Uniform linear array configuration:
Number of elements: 16
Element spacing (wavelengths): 0.75
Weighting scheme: exponential
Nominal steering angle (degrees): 45
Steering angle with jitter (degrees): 45.651
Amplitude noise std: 0.05
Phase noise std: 0.05

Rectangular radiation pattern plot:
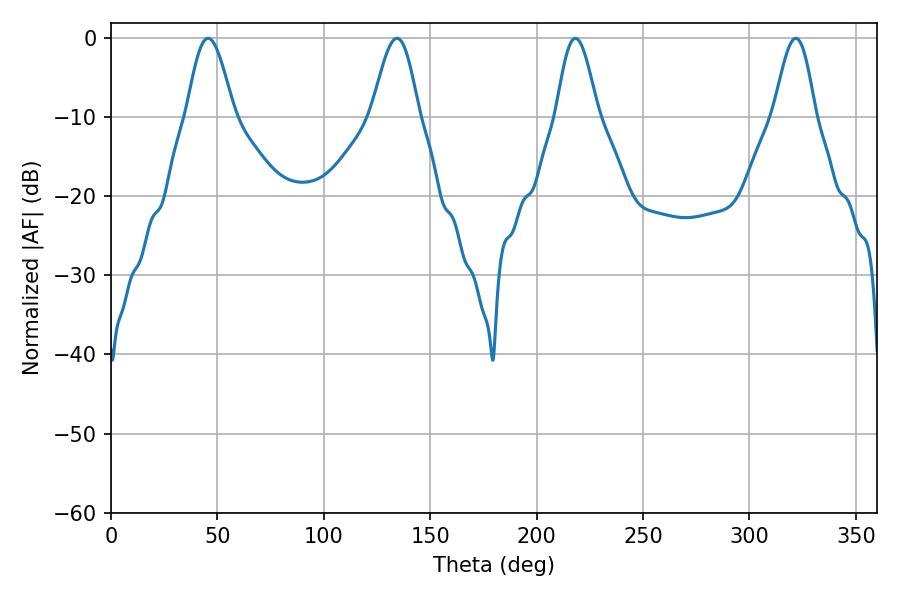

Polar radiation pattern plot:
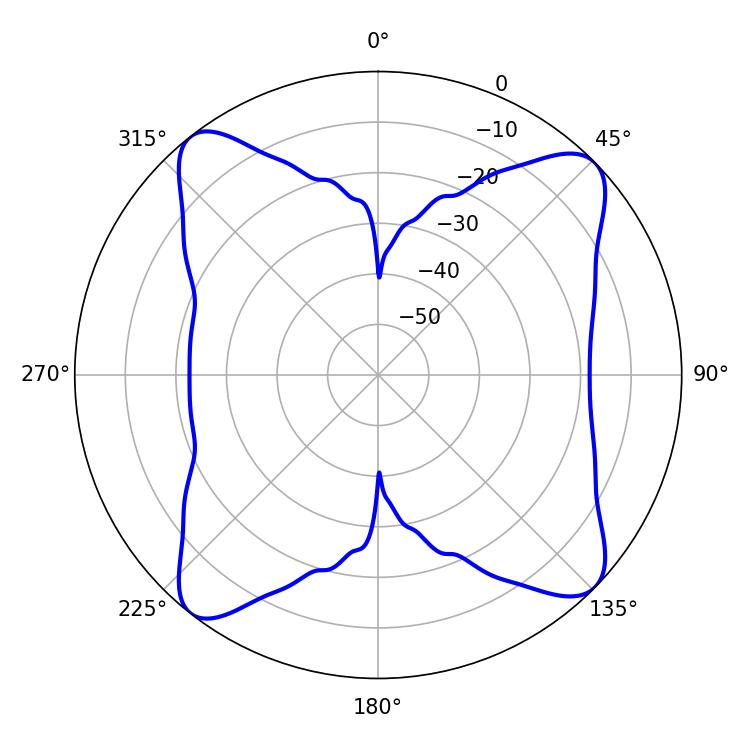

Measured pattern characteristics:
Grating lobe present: TRUE
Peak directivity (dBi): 13.528
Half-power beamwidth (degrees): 10.44
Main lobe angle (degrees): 218.16